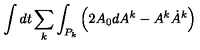
\int d t \sum _ { k } \int _ { P _ { k } } \left( 2 A _ { 0 } d A ^ { k } - A ^ { k } \dot { A } ^ { k } \right)